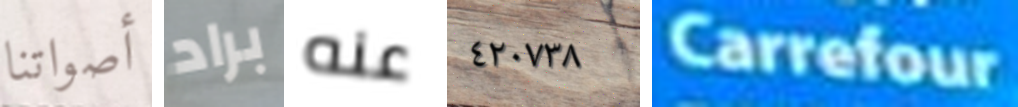
أصواتنا براد عنه ٤٢٠٧٣٨ Carrefour